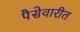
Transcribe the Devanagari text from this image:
पैसेवारीत